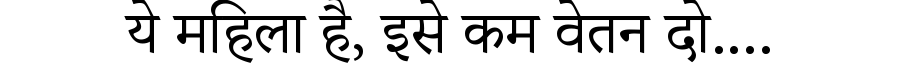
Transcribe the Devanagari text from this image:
ये महिला है, इसे कम वेतन दो....